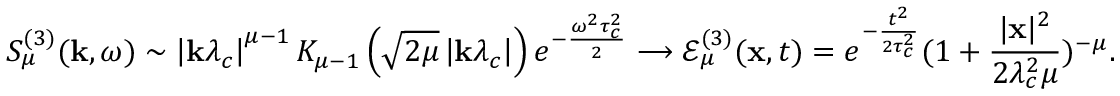
S _ { \mu } ^ { ( 3 ) } ( \mathbf { k } , \omega ) \sim \left| \mathbf { k } \lambda _ { c } \right| ^ { \mu - 1 } K _ { \mu - 1 } \left( \sqrt { 2 \mu } \left| \mathbf { k } \lambda _ { c } \right| \right) e ^ { - \frac { \omega ^ { 2 } \tau _ { c } ^ { 2 } } { 2 } } \longrightarrow \mathcal { E } _ { \mu } ^ { ( 3 ) } ( \mathbf { x } , t ) = e ^ { - \frac { t ^ { 2 } } { 2 \tau _ { c } ^ { 2 } } } ( 1 + \frac { | \mathbf { x } | ^ { 2 } } { 2 \lambda _ { c } ^ { 2 } \mu } ) ^ { - \mu } .